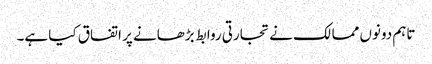
تاہم دونوں ممالک نے تجارتی روابط بڑھانے پر اتفاق کیا ہے۔